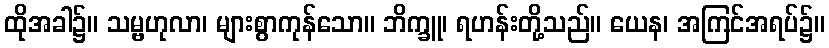
ထိုအခါ၌။ သမ္ဗဟုလာ၊ များစွာကုန်သော။ ဘိက္ခူ၊ ရဟန်းတို့သည်။ ယေန၊ အကြင်အရပ်၌။